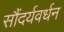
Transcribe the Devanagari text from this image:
सौंदर्यवर्धन